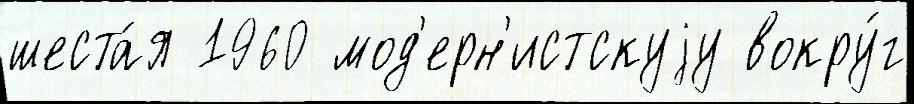
шеста́я 1960 мод'ерн'истскуjу вокру́г